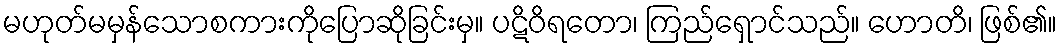
မဟုတ်မမှန်သောစကားကိုပြောဆိုခြင်းမှ။ ပဋိဝိရတော၊ ကြည်ရှောင်သည်။ ဟောတိ၊ ဖြစ်၏။